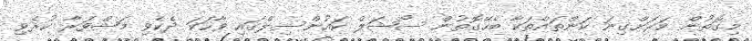
މިގޮތުން ވަރަށްގިނަ ކަންތައްތަކާ ބެހޭގޮތުން ސޯޝަލް ކައުންސިލްގައި ވާހަކަ ދެކެވި މަޝްވަރާ ކުރެވި